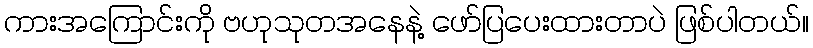
ကားအကြောင်းကို ဗဟုသုတအနေနဲ့ ဖော်ပြပေးထားတာပဲ ဖြစ်ပါတယ်။